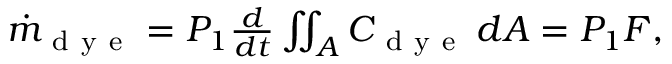
\begin{array} { r } { \dot { m } _ { \mathrm { ~ d ~ y ~ e ~ } } = P _ { 1 } \frac { d } { d t } \iint _ { A } C _ { \mathrm { ~ d ~ y ~ e ~ } } \, d A = P _ { 1 } F , } \end{array}